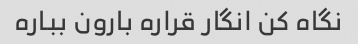
نگاه کن انگار قراره بارون بباره